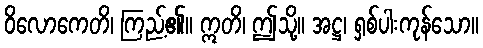
ဝိလောကေတိ၊ ကြည့်၏။ ဣတိ၊ ဤသို့။ အဋ္ဌ၊ ရှစ်ပါးကုန်သော။